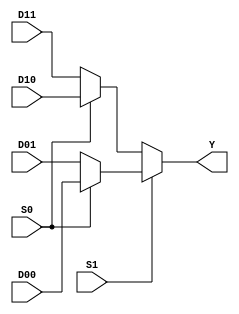
//Andres Salazar mux 4a 1

module mux4a1 (input wire D00,D01,D10,D11,S0,S1,output wire Y);


  wire YD0001,YD1011;

  assign YD0001=(S0) ?D00:D01;
  assign YD1011=(S0) ?D10:D11;


  assign Y=(S1) ?YD0001:YD1011;

endmodule